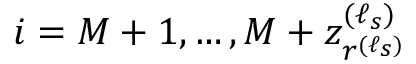
i = M + 1 , \ldots , M + z _ { r ^ { ( \ell _ { s } ) } } ^ { ( \ell _ { s } ) }